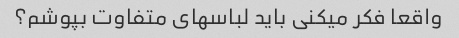
واقعا فکر میکنی باید لباسهای متفاوت بپوشم؟